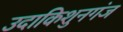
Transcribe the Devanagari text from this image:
उदाकिशुनगंज